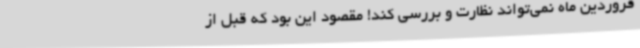
فروردین ماه نمی‌تواند نظارت و بررسی کند! مقصود این بود که قبل از